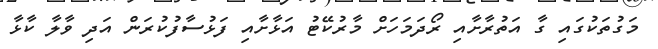
މަގުތަކުގައި ގާ އަތުރާށާއި ރޯދަމަހަށް މާރުކޭޓު އަޅާށާއި ފަޅުސާފުކުރަން އަދި ވާލާ ކާޅާ